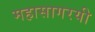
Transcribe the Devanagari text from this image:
महासागरयी